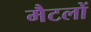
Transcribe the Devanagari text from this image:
मैटलों